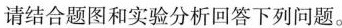
请结合题图和实验分析回答下列问题。